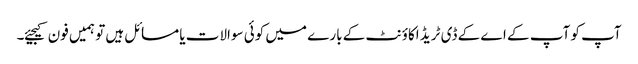
آپ کو آپ کے اے کے ڈی ٹریڈ اکاؤنٹ کے بارے میں کوئی سوالات یا مسائل ہیں تو ہمیں فون کیجیئے۔